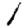
Digit: 1